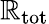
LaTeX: \mathbb{R}_{\mathrm{{tot}}}